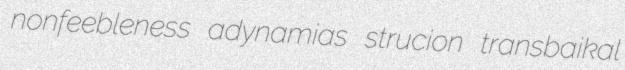
nonfeebleness adynamias strucion transbaikal